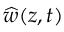
{ \widehat { w } } ( z , t )